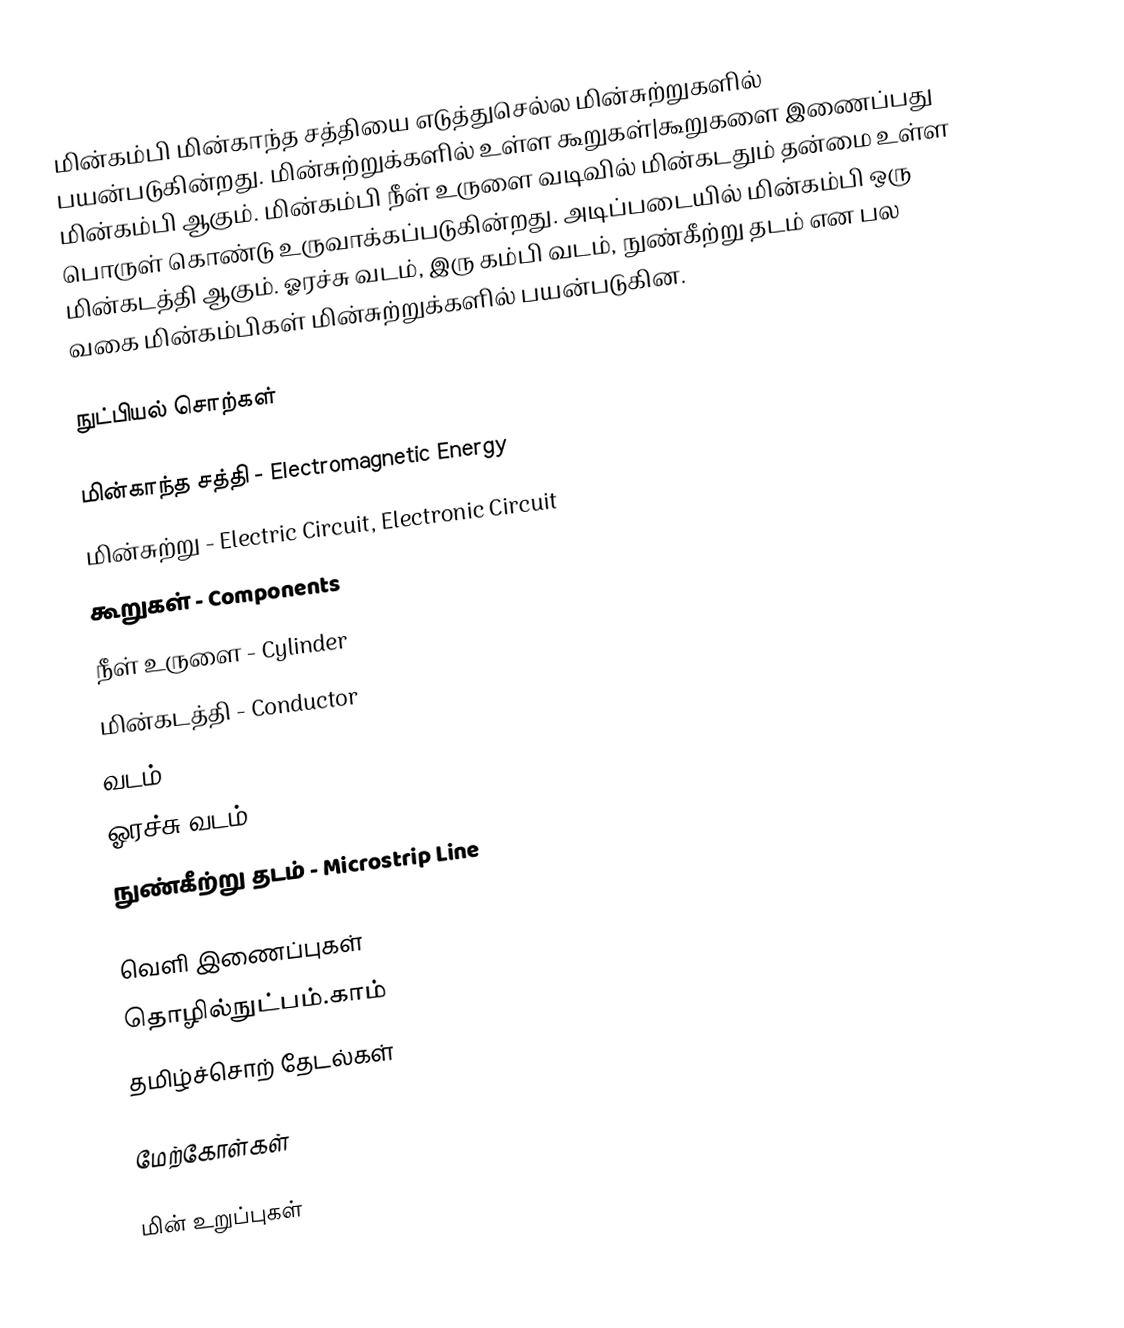
மின்கம்பி மின்காந்த சத்தியை எடுத்துசெல்ல மின்சுற்றுகளில் பயன்படுகின்றது.  மின்சுற்றுக்களில் உள்ள கூறுகள்|கூறுகளை இணைப்பது மின்கம்பி ஆகும்.  மின்கம்பி நீள் உருளை வடிவில் மின்கடதும் தன்மை உள்ள பொருள் கொண்டு உருவாக்கப்படுகின்றது.  அடிப்படையில் மின்கம்பி ஒரு மின்கடத்தி ஆகும்.  ஓரச்சு வடம், இரு கம்பி வடம், நுண்கீற்று தடம் என பல வகை மின்கம்பிகள் மின்சுற்றுக்களில் பயன்படுகின.

நுட்பியல் சொற்கள்

 மின்காந்த சத்தி - Electromagnetic Energy
 மின்சுற்று - Electric Circuit, Electronic Circuit
 கூறுகள் - Components
 நீள் உருளை - Cylinder
 மின்கடத்தி - Conductor
 வடம் - Cable
 ஓரச்சு வடம் Coaxial Cable
 நுண்கீற்று தடம் - Microstrip Line

வெளி இணைப்புகள்
 தொழில்நுட்பம்.காம்
 தமிழ்ச்சொற் தேடல்கள்

மேற்கோள்கள்

மின் உறுப்புகள்